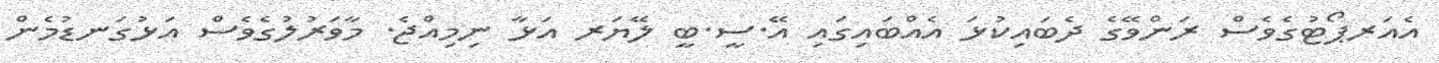
އެއަރޕޯޓުގެވެސް ރަންވޭގެ ދެބައިކުޅަ އެއްބައިގައި އޭ.ސީ.ބީ ލޭޔަރ އަޅާ ނިމިއްޖެ. މާވަރުލުގެވެސް އަޅުގަނޑުމެން